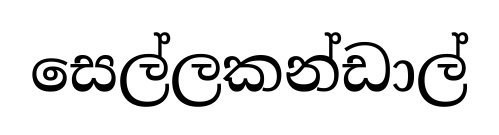
සෙල්ලකන්ඩාල්